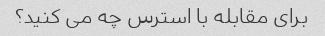
برای مقابله با استرس چه می کنید؟